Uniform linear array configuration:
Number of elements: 48
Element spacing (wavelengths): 0.5
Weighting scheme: cosine
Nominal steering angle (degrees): -45
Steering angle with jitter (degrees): -46.339
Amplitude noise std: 0.05
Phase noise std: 0.05

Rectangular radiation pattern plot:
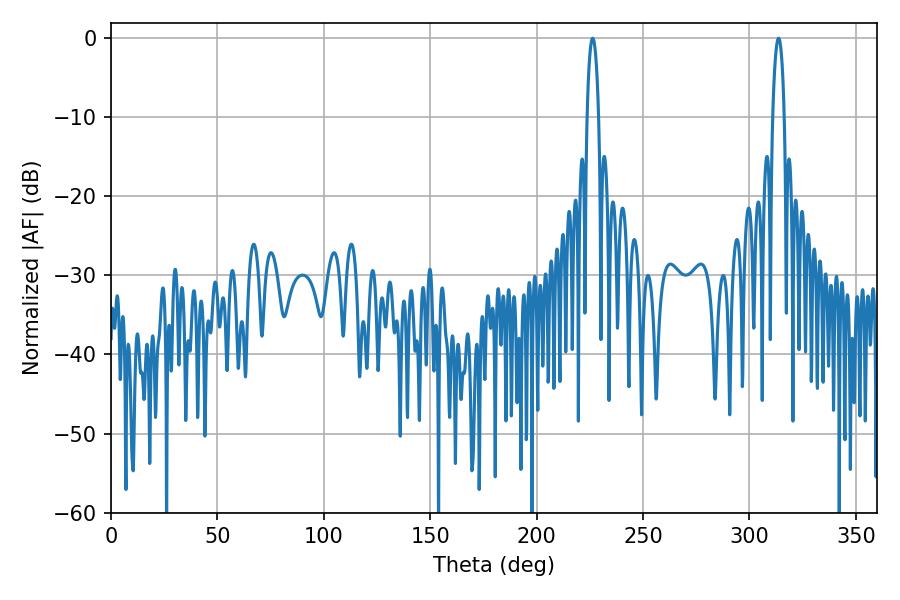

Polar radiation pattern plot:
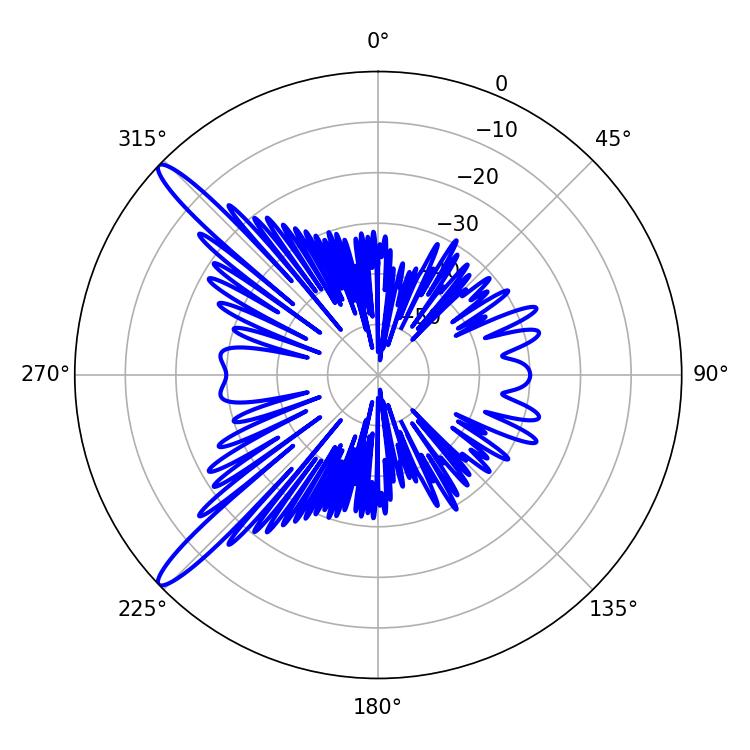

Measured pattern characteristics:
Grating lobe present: FALSE
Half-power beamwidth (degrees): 3.06
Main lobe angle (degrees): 226.26